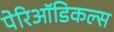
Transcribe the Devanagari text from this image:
पेरिऑडिकल्स